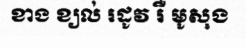
ខាង ខ្យល់ រដូវ រឺ មូសុង